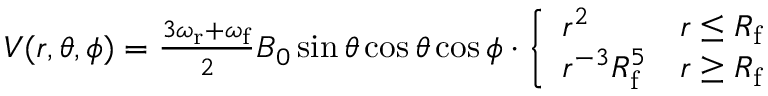
\begin{array} { r } { V ( r , \theta , \phi ) = \frac { 3 \omega _ { \mathrm { r } } + \omega _ { \mathrm { f } } } { 2 } B _ { 0 } \sin \theta \cos \theta \cos \phi \cdot \left\{ \begin{array} { l l } { r ^ { 2 } } & { r \leq R _ { \mathrm { f } } } \\ { r ^ { - 3 } R _ { \mathrm { f } } ^ { 5 } } & { r \geq R _ { \mathrm { f } } } \end{array} \right. } \end{array}